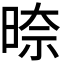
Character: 𭦛